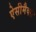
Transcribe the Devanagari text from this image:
ऐसीमैक्स